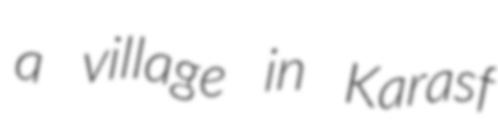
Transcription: a village in Karasf